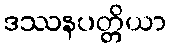
ဒဿနပတ္တိယာ